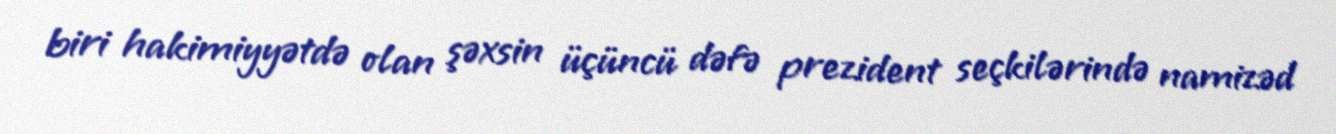
biri hakimiyyətdə olan şəxsin üçüncü dəfə prezident seçkilərində namizəd